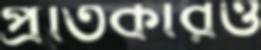
প্রতিকারও